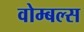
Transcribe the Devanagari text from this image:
वोम्बल्स